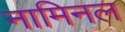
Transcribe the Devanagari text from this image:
नामिनल